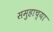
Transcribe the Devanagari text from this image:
समुहाच्या